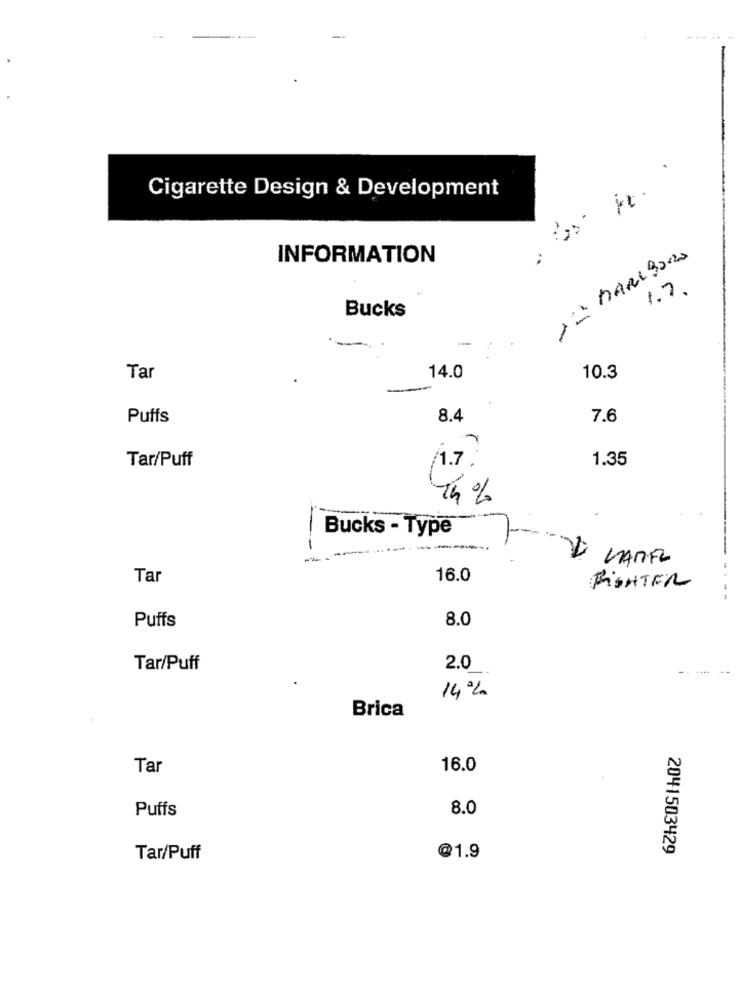
Cigarette Design & Development
INFORMATION
1.7.
Bucks
Tar
14.0
10.3
Puffs
8.4
7.6
/1.7
1.35
Tar/Puff
14%
Bucks - Type
VARFL
Tar
16.0
FIGHTER
Puffs
8.0
Tar/Puff
2.0
------
--
14%
Brica
Tar
16.0
Puffs
8.0
2041503429
Tar/Puff
@1.9